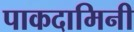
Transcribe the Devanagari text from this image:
पाकदामिनी